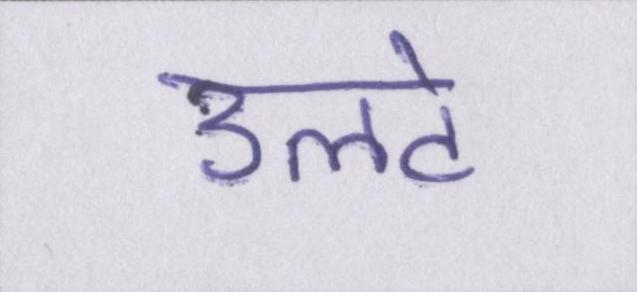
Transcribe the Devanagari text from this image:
उलटे